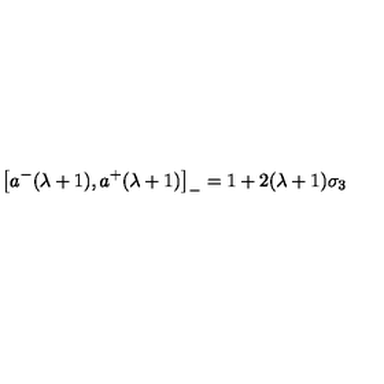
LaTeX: \left[ a ^ { - } ( \lambda + 1 ) , a ^ { + } ( \lambda + 1 ) \right] _ { - } = 1 + 2 ( \lambda + 1 ) \sigma _ { 3 }